Insane asylums Bombay 1873-77 - 1873-1877
Year: 1873
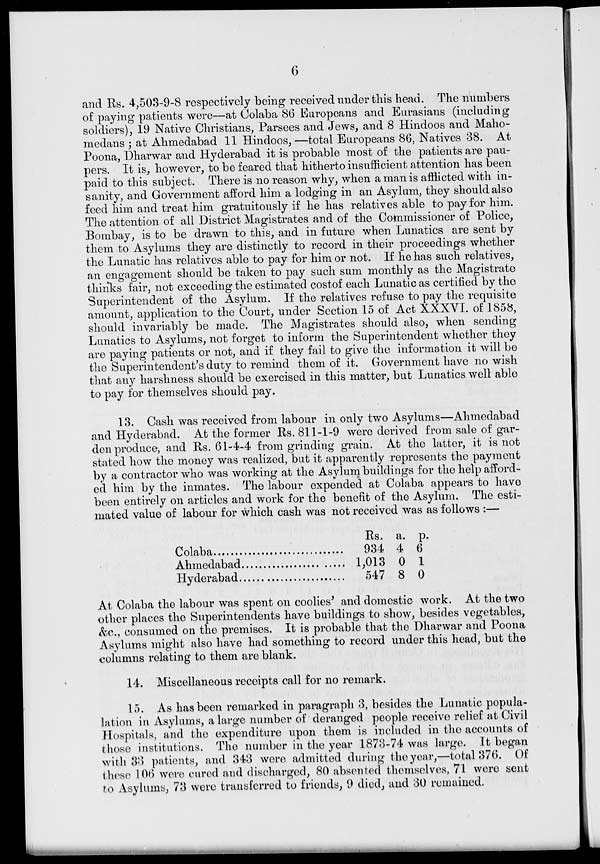
6
and Rs. 4,503-9-8 respectively being received under this head. The numbers
of paying patients were—at Colaba 86 Europeans and Eurasians (including
soldiers), 19 Native Christians, Parsees and Jews, and 8 Hindoos and Maho-
medans ; at Ahmedabad 11 Hindoos, —total Europeans 86, Natives 38. At
Poona, Dharwar and Hyderabad it is probable most of the patients are pau-
pers. It is, however, to be feared that hitherto insufficient attention has been
paid to this subject. There is no reason why, when a man is afflicted with in-
sanity, and Government afford him a lodging in an Asylum, they should also
feed him and treat him gratuitously if he has relatives able to pay for him.
The attention of all District Magistrates and of the Commissioner of Police,
Bombay, is to be drawn to this, and in future when Lunatics are sent by
them to Asylums they are distinctly to record in their proceedings whether
the Lunatic has relatives able to pay for him or not. If he has such relatives,
an engagement should be taken to pay such sum monthly as the Magistrate
thinks fair, not exceeding the estimated costof each Lunatic as certified by the
Superintendent of the Asylum. If the relatives refuse to pay the requisite
amount, application to the Court, under Section 15 of Act XXXVI. of 1858,
should invariably be made. The Magistrates should also, when sending
Lunatics to Asylums, not forget to inform the Superintendent whether they
are paying patients or not, and if they fail to give the information it will be
the Superintendent's duty to remind them of it. Government have no wish
that any harshness should be exercised in this matter, but Lunatics well able
to pay for themselves should pay.
13. Cash was received from labour in only two Asylums—Ahmedabad
and Hyderabad. At the former Rs. 811-1-9 were derived from sale of gar-
den produce, and Rs. 61-4-4 from grinding grain. At the latter, it is not
stated how the money was realized, but it apparently represents the payment
by a contractor who was working at the Asylum buildings for the help afford-
ed him by the inmates. The labour expended at Colaba appears to have
been entirely on articles and work for the benefit of the Asylum. The esti-
mated value of labour for which cash was not received was as follows :—
Colaba
Ahmedabad……………….
Hyderabad……………….
Rs.
934
1,013
547
a.
4
0
8
p.
6
1
0
At Colaba the labour was spent on coolies' and domestic work. At the two
other places the Superintendents have buildings to show, besides vegetables,
&c., consumed on the premises. It is probable that the Dharwar and Poona
Asylums might also have had something to record under this head, but the
columns relating to them are blank.
14. Miscellaneous receipts call for no remark.
15. As has been remarked in paragraph 3, besides the Lunatic popula-
lation in Asylums, a large number of deranged people receive relief at Civil
Hospitals, and the expenditure upon them is included in the accounts of
those institutions. The number in the year 1873-74 was large. It began
with 33 patients, and 343 were admitted during the year,—total 376. Of
these 106 were cured and discharged, 80 absented themselves, 71 were sent
to Asylums, 73 were transferred to friends, 9 died, and 30 remained.